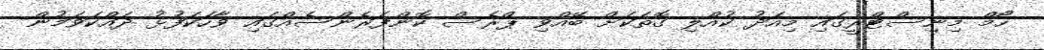
ހޯމް މިނިސްޓްރީގައި މިއަދު ކުއްލި ގޮތަކަށް ބޭއްވި ޕްރެސް ކޮންފަރެންސެއްގައި ވާހަކަފުޅު ދައްކަވަމުން